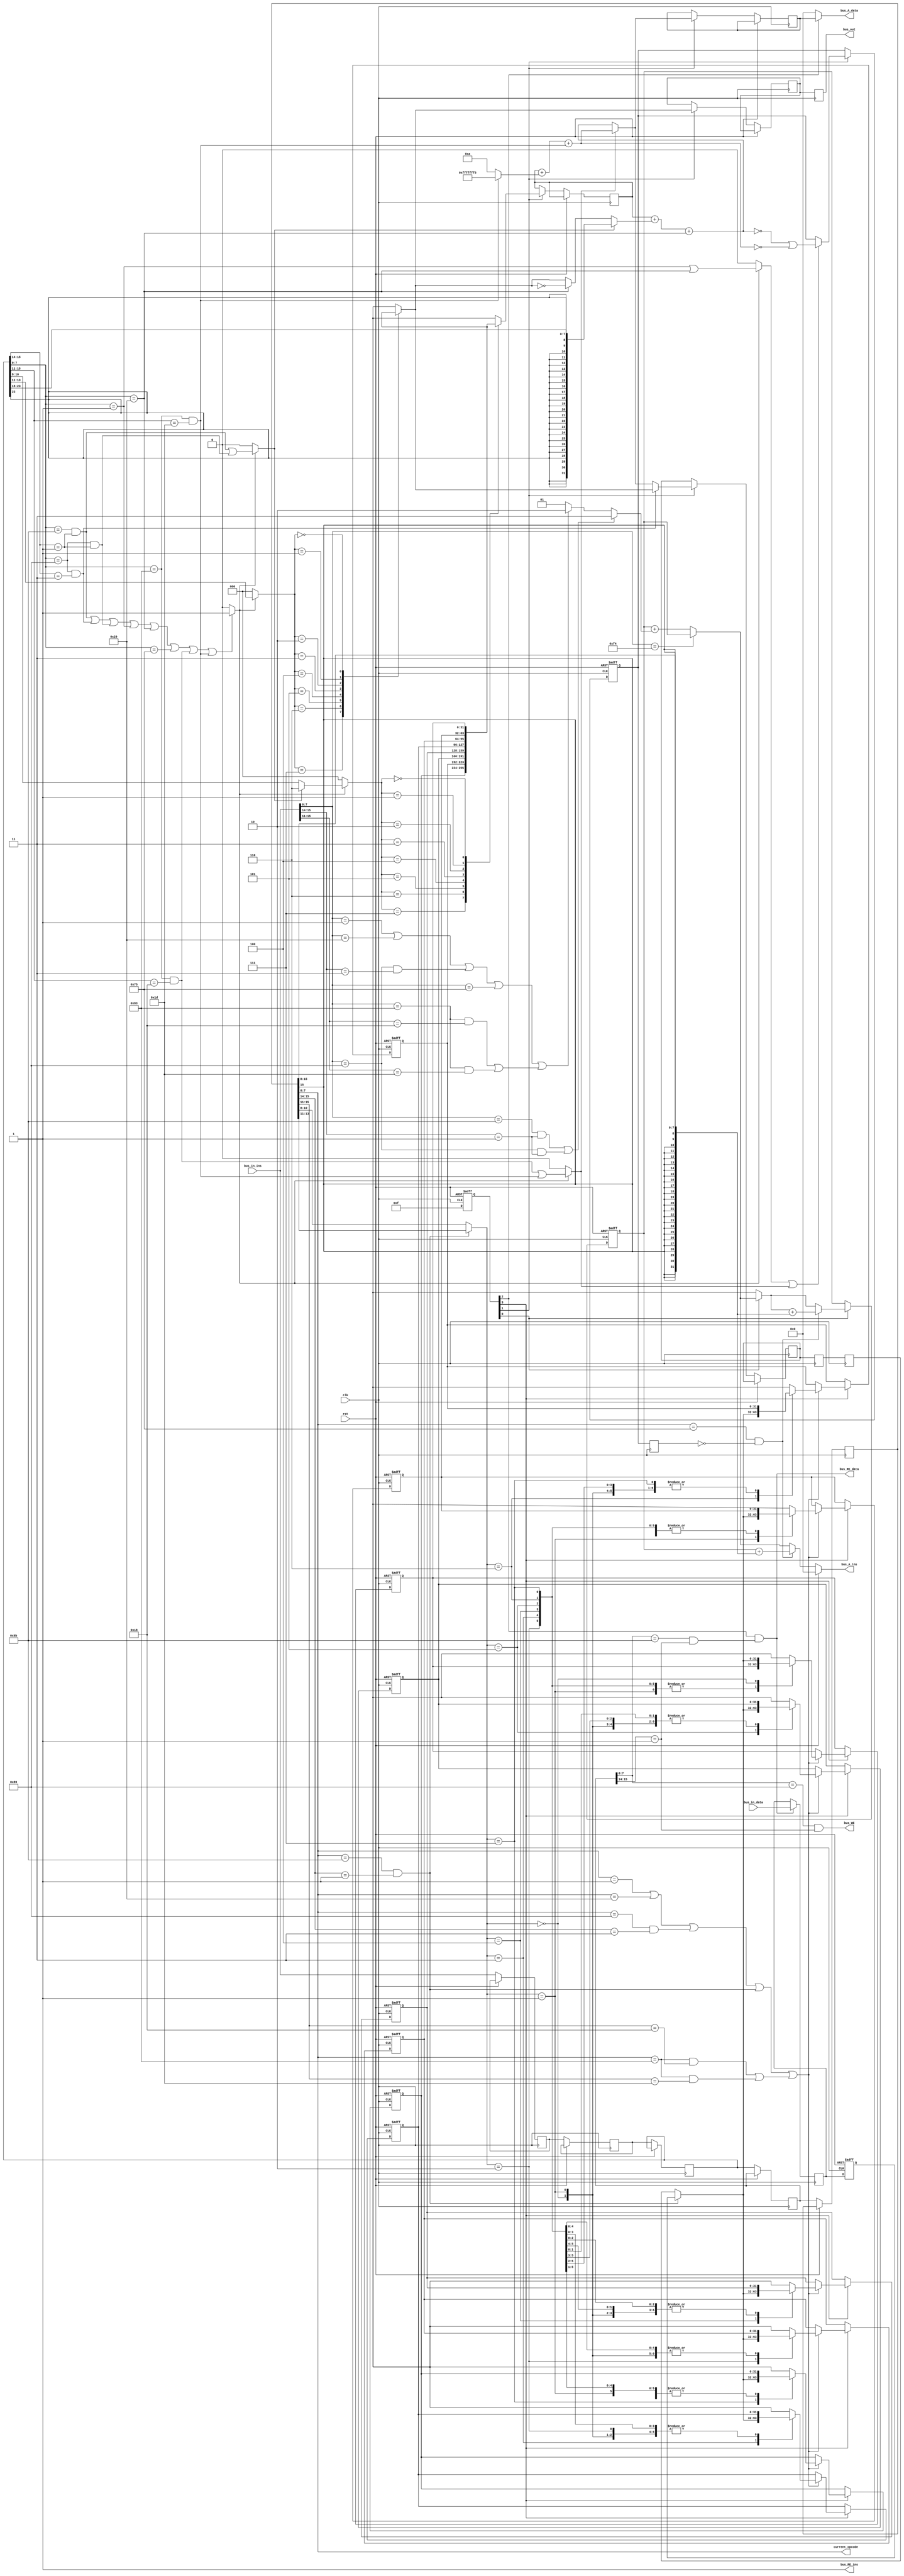
/* Generated by Yosys 0.29 (git sha1 9c5a60eb201, clang 14.0.0-1ubuntu1 -fPIC -Os) */

module cisc_cpu_p(clk, rst, bus_A_ins, bus_in_ins, bus_A_data, bus_in_data, bus_out, bus_WE, bus_RE_data, bus_RE_ins, current_opcode);
  wire [31:0] _000_;
  wire [31:0] _001_;
  wire [31:0] _002_;
  wire [31:0] _003_;
  wire [31:0] _004_;
  wire [31:0] _005_;
  wire [31:0] _006_;
  wire [31:0] _007_;
  wire [31:0] _008_;
  wire [31:0] _009_;
  wire [31:0] _010_;
  wire [31:0] _011_;
  wire [31:0] _012_;
  wire [31:0] _013_;
  wire [31:0] _014_;
  wire [31:0] _015_;
  wire [31:0] _016_;
  wire [31:0] _017_;
  wire [31:0] _018_;
  wire _019_;
  wire [31:0] _020_;
  wire [31:0] _021_;
  wire [31:0] _022_;
  wire [31:0] _023_;
  wire [31:0] _024_;
  wire [31:0] _025_;
  wire [31:0] _026_;
  wire [31:0] _027_;
  wire [31:0] _028_;
  wire _029_;
  wire [31:0] _030_;
  wire [31:0] _031_;
  wire [31:0] _032_;
  wire [31:0] _033_;
  wire [31:0] _034_;
  wire [31:0] _035_;
  wire [31:0] _036_;
  wire [31:0] _037_;
  wire [31:0] _038_;
  wire [31:0] _039_;
  wire [31:0] _040_;
  wire [31:0] _041_;
  wire [31:0] _042_;
  wire [31:0] _043_;
  wire [31:0] _044_;
  wire [31:0] _045_;
  wire [31:0] _046_;
  wire [31:0] _047_;
  wire [31:0] _048_;
  wire _049_;
  wire _050_;
  wire _051_;
  wire _052_;
  wire _053_;
  wire _054_;
  wire _055_;
  wire _056_;
  wire _057_;
  wire _058_;
  wire _059_;
  wire _060_;
  wire _061_;
  wire _062_;
  wire _063_;
  wire _064_;
  wire _065_;
  wire _066_;
  wire _067_;
  wire _068_;
  wire _069_;
  wire _070_;
  wire _071_;
  wire _072_;
  wire _073_;
  wire _074_;
  wire _075_;
  wire _076_;
  wire _077_;
  wire _078_;
  wire _079_;
  wire _080_;
  wire _081_;
  wire _082_;
  wire _083_;
  wire _084_;
  wire _085_;
  wire _086_;
  wire _087_;
  wire _088_;
  wire _089_;
  wire _090_;
  wire _091_;
  wire _092_;
  wire _093_;
  wire _094_;
  wire [31:0] _095_;
  wire [31:0] _096_;
  wire [31:0] _097_;
  wire _098_;
  wire _099_;
  wire _100_;
  wire _101_;
  wire _102_;
  wire [31:0] _103_;
  wire _104_;
  wire _105_;
  wire _106_;
  wire _107_;
  wire _108_;
  wire _109_;
  wire _110_;
  wire _111_;
  wire _112_;
  wire _113_;
  wire _114_;
  wire _115_;
  wire _116_;
  wire _117_;
  wire _118_;
  wire _119_;
  wire [31:0] _120_;
  wire _121_;
  wire _122_;
  wire _123_;
  wire _124_;
  wire _125_;
  wire _126_;
  wire _127_;
  wire _128_;
  wire [31:0] _129_;
  wire [31:0] _130_;
  wire _131_;
  wire _132_;
  wire _133_;
  wire _134_;
  wire _135_;
  wire _136_;
  wire _137_;
  wire _138_;
  wire [31:0] _139_;
  wire [31:0] _140_;
  wire _141_;
  wire _142_;
  wire _143_;
  wire _144_;
  wire _145_;
  wire _146_;
  wire _147_;
  wire _148_;
  wire [31:0] _149_;
  wire [31:0] _150_;
  wire _151_;
  wire _152_;
  wire _153_;
  wire _154_;
  wire _155_;
  wire _156_;
  wire _157_;
  wire _158_;
  wire [31:0] _159_;
  wire [31:0] _160_;
  wire _161_;
  wire _162_;
  wire _163_;
  wire _164_;
  wire _165_;
  wire _166_;
  wire _167_;
  wire _168_;
  wire [31:0] _169_;
  wire [31:0] _170_;
  wire _171_;
  wire _172_;
  wire _173_;
  wire _174_;
  wire _175_;
  wire _176_;
  wire _177_;
  wire _178_;
  wire [31:0] _179_;
  wire [31:0] _180_;
  wire _181_;
  wire _182_;
  wire _183_;
  wire _184_;
  wire _185_;
  wire _186_;
  wire _187_;
  wire _188_;
  wire [31:0] _189_;
  wire [31:0] _190_;
  wire _191_;
  wire _192_;
  wire _193_;
  wire _194_;
  wire _195_;
  wire _196_;
  wire _197_;
  wire _198_;
  wire [31:0] _199_;
  wire [31:0] _200_;
  wire [31:0] _201_;
  wire [31:0] _202_;
  wire [31:0] _203_;
  wire [31:0] _204_;
  wire [31:0] _205_;
  wire [31:0] _206_;
  wire [31:0] _207_;
  wire _208_;
  wire [31:0] _209_;
  wire [31:0] _210_;
  wire [31:0] _211_;
  wire [31:0] _212_;
  wire [31:0] _213_;
  wire [31:0] _214_;
  wire [31:0] _215_;
  wire [31:0] _216_;
  wire [31:0] _217_;
  wire [31:0] _218_;
  wire [31:0] _219_;
  wire [31:0] _220_;
  wire [31:0] _221_;
  wire [31:0] _222_;
  wire [31:0] _223_;
  wire [31:0] _224_;
  wire [31:0] _225_;
  wire [31:0] _226_;
  wire [31:0] _227_;
  wire [31:0] _228_;
  wire [4:0] _229_;
  wire [31:0] ALU_K2_EXE;
  wire [31:0] ALU_K_EXE;
  wire [31:0] ALU_op2_EXE;
  wire [31:0] ALUout_EXE;
  reg [31:0] A_EXE;
  wire [4:0] Aad_EXE;
  wire [31:0] Aop;
  wire [4:0] Bad_DEC;
  wire [4:0] Bad_EXE;
  wire [4:0] Bad_IF;
  wire [4:0] Bad_MEM;
  wire [4:0] Bad_WB;
  wire [4:0] Bad_bus;
  wire [31:0] Bop;
  reg [31:0] C_EXE;
  reg [31:0] C_MEM;
  reg [31:0] C_WB;
  wire [31:0] IP;
  reg [31:0] IP_IF;
  reg [31:0] IR_DEC = 32'd0;
  reg [31:0] IR_EXE = 32'd0;
  reg [31:0] IR_IF = 32'd0;
  reg [31:0] IR_MEM = 32'd0;
  reg [31:0] IR_WB = 32'd0;
  wire [31:0] K;
  reg [31:0] MAR_EXE;
  reg [31:0] MDRr_MEM;
  reg [31:0] MDRr_WB;
  reg [31:0] MDRw_EXE;
  reg [31:0] MDRw_MEM;
  wire [4:0] RD_DEC;
  wire [4:0] RD_EXE;
  wire [4:0] RD_IF;
  wire [4:0] RD_MEM;
  wire [4:0] RD_WB;
  wire [4:0] RD_bus;
  wire RIadd_EXE;
  wire RIadd_WB;
  wire RIadd_bus;
  wire [4:0] RImod_DEC;
  wire [4:0] RImod_EXE;
  wire [4:0] RImod_IF;
  wire [4:0] RImod_MEM;
  wire [4:0] RImod_WB;
  wire [4:0] RImod_bus;
  wire RIsub_EXE;
  wire RIsub_WB;
  wire RIsub_bus;
  wire [4:0] RS_DEC;
  wire [4:0] RS_EXE;
  wire [4:0] RS_IF;
  wire [4:0] RS_MEM;
  wire [4:0] RS_WB;
  wire [4:0] RS_bus;
  reg [31:0] _R_0_ ;
  reg [31:0] _R_1_ ;
  reg [31:0] _R_2_ ;
  reg [31:0] _R_3_ ;
  reg [31:0] _R_4_ ;
  reg [31:0] _R_5_ ;
  reg [31:0] _R_6_ ;
  reg [31:0] _R_7_ ;
  wire ZF_DEC;
  reg ZF_EXE = 1'h0;
  wire ZF_IF;
  reg ZF_WB = 1'h0;
  wire add_EXE;
  wire add_WB;
  wire add_bus;
  wire aluop_EXE;
  wire aluop_WB;
  wire aluop_bus;
  wire aluop_k_EXE;
  wire aluop_k_WB;
  wire aluop_k_bus;
  wire btaken_WB;
  wire [31:0] bubble;
  output [31:0] bus_A_data;
  wire [31:0] bus_A_data;
  output [31:0] bus_A_ins;
  wire [31:0] bus_A_ins;
  output bus_RE_data;
  wire bus_RE_data;
  output bus_RE_ins;
  wire bus_RE_ins;
  output bus_WE;
  wire bus_WE;
  input [31:0] bus_in_data;
  wire [31:0] bus_in_data;
  input [31:0] bus_in_ins;
  wire [31:0] bus_in_ins;
  output [31:0] bus_out;
  wire [31:0] bus_out;
  input clk;
  wire clk;
  output [7:0] current_opcode;
  wire [7:0] current_opcode;
  wire [31:0] displacement_DEC;
  wire [31:0] displacement_EXE;
  wire [31:0] displacement_IF;
  wire [31:0] displacement_MEM;
  wire [31:0] displacement_WB;
  wire [31:0] displacement_bus;
  wire [31:0] distance_DEC;
  wire [31:0] distance_EXE;
  wire [31:0] distance_IF;
  wire [31:0] distance_MEM;
  wire [31:0] distance_WB;
  wire [31:0] distance_bus;
  reg [5:1] full;
  wire halt_bus;
  wire [2:0] i;
  wire jnez_EXE;
  wire jnez_WB;
  wire jnez_bus;
  wire [1:0] length_bus;
  wire load_EXE;
  wire load_MEM;
  wire load_WB;
  wire load_bus;
  wire memory_EXE;
  wire memory_bus;
  wire [1:0] mod_DEC;
  wire [1:0] mod_EXE;
  wire [1:0] mod_IF;
  wire [1:0] mod_MEM;
  wire [1:0] mod_WB;
  wire [1:0] mod_bus;
  wire move_EXE;
  wire move_WB;
  wire move_bus;
  wire [7:0] opcode_DEC;
  wire [7:0] opcode_EXE;
  wire [7:0] opcode_IF;
  wire [7:0] opcode_MEM;
  wire [7:0] opcode_WB;
  wire [7:0] opcode_bus;
  input rst;
  wire rst;
  wire store_EXE;
  wire store_MEM;
  wire store_bus;
  wire sub_EXE;
  wire sub_WB;
  wire sub_bus;
  wire [4:0] ue;
  wire valid;
  assign _039_ = IP_IF + { IR_WB[15], IR_WB[15], IR_WB[15], IR_WB[15], IR_WB[15], IR_WB[15], IR_WB[15], IR_WB[15], IR_WB[15], IR_WB[15], IR_WB[15], IR_WB[15], IR_WB[15], IR_WB[15], IR_WB[15], IR_WB[15], IR_WB[15], IR_WB[15], IR_WB[15], IR_WB[15], IR_WB[15], IR_WB[15], IR_WB[15], IR_WB[15], IR_WB[15:8] };
  assign _040_ = IP_IF + length_bus;
  assign _041_ = IP_IF + length_bus;
  assign _042_ = _020_ + { IR_WB[15], IR_WB[15], IR_WB[15], IR_WB[15], IR_WB[15], IR_WB[15], IR_WB[15], IR_WB[15], IR_WB[15], IR_WB[15], IR_WB[15], IR_WB[15], IR_WB[15], IR_WB[15], IR_WB[15], IR_WB[15], IR_WB[15], IR_WB[15], IR_WB[15], IR_WB[15], IR_WB[15], IR_WB[15], IR_WB[15], IR_WB[15], IR_WB[15:8] };
  assign _043_ = A_EXE + ALU_op2_EXE;
  assign ALUout_EXE = _043_ + sub_EXE;
  assign _044_ = A_EXE + ALU_K2_EXE;
  assign ALU_K_EXE = _044_ + RIsub_EXE;
  assign _045_ = rst ? A_EXE : _000_;
  assign _046_ = rst ? MAR_EXE : _008_;
  assign _047_ = rst ? MDRw_EXE : _010_;
  assign _048_ = rst ? C_EXE : _001_;
  assign halt_bus = bus_in_ins[7:0] == 8'hf4;
  assign _049_ = IR_EXE[15:14] == 2'h1;
  assign _050_ = IR_EXE[7:0] == 8'h8b;
  assign _051_ = IR_EXE[7:0] == 8'h89;
  assign _052_ = IR_EXE[15:14] == 2'h3;
  assign _053_ = IR_EXE[7:0] == 8'h89;
  assign _054_ = IR_EXE[15:14] == 2'h1;
  assign add_EXE = IR_EXE[7:0] == 8'h01;
  assign sub_EXE = IR_EXE[7:0] == 8'h29;
  assign jnez_EXE = IR_EXE[7:0] == 8'h75;
  assign _055_ = IR_EXE[7:0] == 8'h83;
  assign _056_ = IR_EXE[15:11] == 5'h18;
  assign _057_ = IR_EXE[7:0] == 8'h83;
  assign _058_ = IR_EXE[15:11] == 5'h1d;
  assign _059_ = IR_MEM[7:0] == 8'h8b;
  assign _060_ = IR_MEM[15:14] == 2'h1;
  assign _061_ = IR_MEM[7:0] == 8'h89;
  assign _062_ = IR_MEM[15:14] == 2'h1;
  assign _063_ = IR_WB[7:0] == 8'h8b;
  assign _064_ = IR_WB[15:14] == 2'h1;
  assign _065_ = IR_WB[7:0] == 8'h89;
  assign _066_ = IR_WB[15:14] == 2'h3;
  assign add_WB = IR_WB[7:0] == 8'h01;
  assign sub_WB = IR_WB[7:0] == 8'h29;
  assign jnez_WB = IR_WB[7:0] == 8'h75;
  assign _067_ = IR_WB[7:0] == 8'h83;
  assign _068_ = IR_WB[15:11] == 5'h18;
  assign _069_ = IR_WB[7:0] == 8'h83;
  assign _070_ = IR_WB[15:11] == 5'h1d;
  assign _071_ = ! ALUout_EXE;
  assign _072_ = ! ALU_K_EXE;
  assign _073_ = bus_in_ins[7:0] == 8'h8b;
  assign _074_ = bus_in_ins[15:14] == 2'h1;
  assign _075_ = bus_in_ins[7:0] == 8'h89;
  assign _076_ = bus_in_ins[15:14] == 2'h3;
  assign _077_ = bus_in_ins[7:0] == 8'h89;
  assign _078_ = bus_in_ins[15:14] == 2'h1;
  assign add_bus = bus_in_ins[7:0] == 8'h01;
  assign sub_bus = bus_in_ins[7:0] == 8'h29;
  assign jnez_bus = bus_in_ins[7:0] == 8'h75;
  assign _079_ = bus_in_ins[7:0] == 8'h83;
  assign _080_ = bus_in_ins[15:11] == 5'h18;
  assign _081_ = bus_in_ins[7:0] == 8'h83;
  assign _082_ = bus_in_ins[15:11] == 5'h1d;
  assign load_EXE = _050_ && _049_;
  assign move_EXE = _051_ && _052_;
  assign store_EXE = _053_ && _054_;
  assign RIadd_EXE = _055_ && _056_;
  assign RIsub_EXE = _057_ && _058_;
  assign load_MEM = _059_ && _060_;
  assign bus_WE = _061_ && _062_;
  assign load_WB = _063_ && _064_;
  assign move_WB = _065_ && _066_;
  assign RIadd_WB = _067_ && _068_;
  assign RIsub_WB = _069_ && _070_;
  assign btaken_WB = jnez_WB && _084_;
  assign _083_ = full[3] && load_MEM;
  assign bus_RE_data = full[3] && load_MEM;
  assign load_bus = _073_ && _074_;
  assign move_bus = _075_ && _076_;
  assign store_bus = _077_ && _078_;
  assign RIadd_bus = _079_ && _080_;
  assign RIsub_bus = _081_ && _082_;
  assign _084_ = ! ZF_WB;
  assign memory_bus = load_bus || store_bus;
  assign aluop_bus = add_bus || sub_bus;
  assign aluop_k_bus = RIadd_bus || RIsub_bus;
  assign _085_ = aluop_bus || move_bus;
  assign _086_ = _085_ || jnez_bus;
  assign _087_ = _086_ || aluop_k_bus;
  assign _088_ = load_EXE || move_EXE;
  assign _089_ = _088_ || store_EXE;
  assign _090_ = _089_ || add_EXE;
  assign _091_ = _090_ || sub_EXE;
  assign _092_ = _091_ || jnez_EXE;
  assign _093_ = _092_ || RIadd_EXE;
  assign _094_ = _093_ || RIsub_EXE;
  assign _095_ = load_EXE || store_EXE;
  assign _096_ = add_EXE || sub_EXE;
  assign _097_ = RIadd_EXE || RIsub_EXE;
  assign aluop_WB = add_WB || sub_WB;
  assign aluop_k_WB = RIadd_WB || RIsub_WB;
  assign _098_ = aluop_EXE || aluop_k_EXE;
  assign _099_ = _071_ || _072_;
  assign _100_ = aluop_WB || move_WB;
  assign _101_ = _100_ || load_WB;
  assign _102_ = _101_ || aluop_k_WB;
  assign _103_ = ~ Bop;
  always @(posedge clk, posedge rst)
    if (rst) MDRr_WB <= 32'd0;
    else MDRr_WB <= MDRr_MEM;
  always @(posedge clk, posedge rst)
    if (rst) _R_0_  <= 32'd0;
    else _R_0_  <= _011_;
  always @(posedge clk, posedge rst)
    if (rst) _R_1_  <= 32'd0;
    else _R_1_  <= _012_;
  always @(posedge clk, posedge rst)
    if (rst) _R_2_  <= 32'd0;
    else _R_2_  <= _013_;
  always @(posedge clk, posedge rst)
    if (rst) _R_3_  <= 32'd0;
    else _R_3_  <= _014_;
  always @(posedge clk, posedge rst)
    if (rst) _R_4_  <= 32'd0;
    else _R_4_  <= _015_;
  always @(posedge clk, posedge rst)
    if (rst) _R_5_  <= 32'd0;
    else _R_5_  <= _016_;
  always @(posedge clk, posedge rst)
    if (rst) _R_6_  <= 32'd0;
    else _R_6_  <= _017_;
  always @(posedge clk, posedge rst)
    if (rst) _R_7_  <= 32'd0;
    else _R_7_  <= _018_;
  always @(posedge clk)
    ZF_WB <= ZF_EXE;
  always @(posedge clk)
    MDRw_MEM <= MDRw_EXE;
  always @(posedge clk)
    C_MEM <= C_EXE;
  always @(posedge clk)
    C_WB <= C_MEM;
  always @(posedge clk)
    MDRr_MEM <= _009_;
  always @(posedge clk)
    A_EXE <= _045_;
  always @(posedge clk, posedge rst)
    if (rst) ZF_EXE <= 1'h0;
    else ZF_EXE <= _019_;
  always @(posedge clk)
    MAR_EXE <= _046_;
  always @(posedge clk)
    MDRw_EXE <= _047_;
  always @(posedge clk)
    C_EXE <= _048_;
  always @(posedge clk, posedge rst)
    if (rst) IP_IF <= 32'd0;
    else IP_IF <= _002_;
  always @(posedge clk)
    IR_IF <= _005_;
  always @(posedge clk)
    IR_DEC <= _003_;
  always @(posedge clk)
    IR_EXE <= _004_;
  always @(posedge clk)
    IR_MEM <= _006_;
  always @(posedge clk)
    IR_WB <= _007_;
  always @(posedge clk, posedge rst)
    if (rst) full <= 5'h10;
    else full <= 5'h1f;
  function [31:0] _356_;
    input [31:0] a;
    input [255:0] b;
    input [7:0] s;
    casez (s) // synopsys parallel_case
      8'b???????1:
        _356_ = b[31:0];
      8'b??????1?:
        _356_ = b[63:32];
      8'b?????1??:
        _356_ = b[95:64];
      8'b????1???:
        _356_ = b[127:96];
      8'b???1????:
        _356_ = b[159:128];
      8'b??1?????:
        _356_ = b[191:160];
      8'b?1??????:
        _356_ = b[223:192];
      8'b1???????:
        _356_ = b[255:224];
      default:
        _356_ = a;
    endcase
  endfunction
  assign Bop = _356_(32'hxxxxxxxx, { _R_0_ , _R_1_ , _R_2_ , _R_3_ , _R_4_ , _R_5_ , _R_6_ , _R_7_  }, { _111_, _110_, _109_, _108_, _107_, _106_, _105_, _104_ });
  assign _104_ = Bad_EXE[2:0] == 3'h7;
  assign _105_ = Bad_EXE[2:0] == 3'h6;
  assign _106_ = Bad_EXE[2:0] == 3'h5;
  assign _107_ = Bad_EXE[2:0] == 3'h4;
  assign _108_ = Bad_EXE[2:0] == 3'h3;
  assign _109_ = Bad_EXE[2:0] == 3'h2;
  assign _110_ = Bad_EXE[2:0] == 3'h1;
  assign _111_ = ! Bad_EXE[2:0];
  function [31:0] _365_;
    input [31:0] a;
    input [255:0] b;
    input [7:0] s;
    casez (s) // synopsys parallel_case
      8'b???????1:
        _365_ = b[31:0];
      8'b??????1?:
        _365_ = b[63:32];
      8'b?????1??:
        _365_ = b[95:64];
      8'b????1???:
        _365_ = b[127:96];
      8'b???1????:
        _365_ = b[159:128];
      8'b??1?????:
        _365_ = b[191:160];
      8'b?1??????:
        _365_ = b[223:192];
      8'b1???????:
        _365_ = b[255:224];
      default:
        _365_ = a;
    endcase
  endfunction
  assign Aop = _365_(32'hxxxxxxxx, { _R_0_ , _R_1_ , _R_2_ , _R_3_ , _R_4_ , _R_5_ , _R_6_ , _R_7_  }, { _119_, _118_, _117_, _116_, _115_, _114_, _113_, _112_ });
  assign _112_ = Aad_EXE[2:0] == 3'h7;
  assign _113_ = Aad_EXE[2:0] == 3'h6;
  assign _114_ = Aad_EXE[2:0] == 3'h5;
  assign _115_ = Aad_EXE[2:0] == 3'h4;
  assign _116_ = Aad_EXE[2:0] == 3'h3;
  assign _117_ = Aad_EXE[2:0] == 3'h2;
  assign _118_ = Aad_EXE[2:0] == 3'h1;
  assign _119_ = ! Aad_EXE[2:0];
  function [31:0] _374_;
    input [31:0] a;
    input [255:0] b;
    input [7:0] s;
    casez (s) // synopsys parallel_case
      8'b???????1:
        _374_ = b[31:0];
      8'b??????1?:
        _374_ = b[63:32];
      8'b?????1??:
        _374_ = b[95:64];
      8'b????1???:
        _374_ = b[127:96];
      8'b???1????:
        _374_ = b[159:128];
      8'b??1?????:
        _374_ = b[191:160];
      8'b?1??????:
        _374_ = b[223:192];
      8'b1???????:
        _374_ = b[255:224];
      default:
        _374_ = a;
    endcase
  endfunction
  assign _120_ = _374_(32'hxxxxxxxx, { _228_, _R_0_ , _R_0_ , _R_0_ , _R_0_ , _R_0_ , _R_0_ , _R_0_  }, { _128_, _127_, _126_, _125_, _124_, _123_, _122_, _121_ });
  assign _121_ = _229_[2:0] == 3'h7;
  assign _122_ = _229_[2:0] == 3'h6;
  assign _123_ = _229_[2:0] == 3'h5;
  assign _124_ = _229_[2:0] == 3'h4;
  assign _125_ = _229_[2:0] == 3'h3;
  assign _126_ = _229_[2:0] == 3'h2;
  assign _127_ = _229_[2:0] == 3'h1;
  assign _128_ = ! _229_[2:0];
  assign _129_ = _102_ ? _120_ : 32'hxxxxxxxx;
  assign _031_ = full[4] ? _129_ : 32'hxxxxxxxx;
  function [31:0] _385_;
    input [31:0] a;
    input [255:0] b;
    input [7:0] s;
    casez (s) // synopsys parallel_case
      8'b???????1:
        _385_ = b[31:0];
      8'b??????1?:
        _385_ = b[63:32];
      8'b?????1??:
        _385_ = b[95:64];
      8'b????1???:
        _385_ = b[127:96];
      8'b???1????:
        _385_ = b[159:128];
      8'b??1?????:
        _385_ = b[191:160];
      8'b?1??????:
        _385_ = b[223:192];
      8'b1???????:
        _385_ = b[255:224];
      default:
        _385_ = a;
    endcase
  endfunction
  assign _130_ = _385_(32'hxxxxxxxx, { _R_7_ , _R_7_ , _R_7_ , _R_7_ , _R_7_ , _R_7_ , _R_7_ , _228_ }, { _138_, _137_, _136_, _135_, _134_, _133_, _132_, _131_ });
  assign _131_ = _229_[2:0] == 3'h7;
  assign _132_ = _229_[2:0] == 3'h6;
  assign _133_ = _229_[2:0] == 3'h5;
  assign _134_ = _229_[2:0] == 3'h4;
  assign _135_ = _229_[2:0] == 3'h3;
  assign _136_ = _229_[2:0] == 3'h2;
  assign _137_ = _229_[2:0] == 3'h1;
  assign _138_ = ! _229_[2:0];
  assign _139_ = _102_ ? _130_ : 32'hxxxxxxxx;
  assign _038_ = full[4] ? _139_ : 32'hxxxxxxxx;
  function [31:0] _396_;
    input [31:0] a;
    input [255:0] b;
    input [7:0] s;
    casez (s) // synopsys parallel_case
      8'b???????1:
        _396_ = b[31:0];
      8'b??????1?:
        _396_ = b[63:32];
      8'b?????1??:
        _396_ = b[95:64];
      8'b????1???:
        _396_ = b[127:96];
      8'b???1????:
        _396_ = b[159:128];
      8'b??1?????:
        _396_ = b[191:160];
      8'b?1??????:
        _396_ = b[223:192];
      8'b1???????:
        _396_ = b[255:224];
      default:
        _396_ = a;
    endcase
  endfunction
  assign _140_ = _396_(32'hxxxxxxxx, { _R_6_ , _R_6_ , _R_6_ , _R_6_ , _R_6_ , _R_6_ , _228_, _R_6_  }, { _148_, _147_, _146_, _145_, _144_, _143_, _142_, _141_ });
  assign _141_ = _229_[2:0] == 3'h7;
  assign _142_ = _229_[2:0] == 3'h6;
  assign _143_ = _229_[2:0] == 3'h5;
  assign _144_ = _229_[2:0] == 3'h4;
  assign _145_ = _229_[2:0] == 3'h3;
  assign _146_ = _229_[2:0] == 3'h2;
  assign _147_ = _229_[2:0] == 3'h1;
  assign _148_ = ! _229_[2:0];
  assign _149_ = _102_ ? _140_ : 32'hxxxxxxxx;
  assign _037_ = full[4] ? _149_ : 32'hxxxxxxxx;
  function [31:0] _407_;
    input [31:0] a;
    input [255:0] b;
    input [7:0] s;
    casez (s) // synopsys parallel_case
      8'b???????1:
        _407_ = b[31:0];
      8'b??????1?:
        _407_ = b[63:32];
      8'b?????1??:
        _407_ = b[95:64];
      8'b????1???:
        _407_ = b[127:96];
      8'b???1????:
        _407_ = b[159:128];
      8'b??1?????:
        _407_ = b[191:160];
      8'b?1??????:
        _407_ = b[223:192];
      8'b1???????:
        _407_ = b[255:224];
      default:
        _407_ = a;
    endcase
  endfunction
  assign _150_ = _407_(32'hxxxxxxxx, { _R_5_ , _R_5_ , _R_5_ , _R_5_ , _R_5_ , _228_, _R_5_ , _R_5_  }, { _158_, _157_, _156_, _155_, _154_, _153_, _152_, _151_ });
  assign _151_ = _229_[2:0] == 3'h7;
  assign _152_ = _229_[2:0] == 3'h6;
  assign _153_ = _229_[2:0] == 3'h5;
  assign _154_ = _229_[2:0] == 3'h4;
  assign _155_ = _229_[2:0] == 3'h3;
  assign _156_ = _229_[2:0] == 3'h2;
  assign _157_ = _229_[2:0] == 3'h1;
  assign _158_ = ! _229_[2:0];
  assign _159_ = _102_ ? _150_ : 32'hxxxxxxxx;
  assign _036_ = full[4] ? _159_ : 32'hxxxxxxxx;
  function [31:0] _418_;
    input [31:0] a;
    input [255:0] b;
    input [7:0] s;
    casez (s) // synopsys parallel_case
      8'b???????1:
        _418_ = b[31:0];
      8'b??????1?:
        _418_ = b[63:32];
      8'b?????1??:
        _418_ = b[95:64];
      8'b????1???:
        _418_ = b[127:96];
      8'b???1????:
        _418_ = b[159:128];
      8'b??1?????:
        _418_ = b[191:160];
      8'b?1??????:
        _418_ = b[223:192];
      8'b1???????:
        _418_ = b[255:224];
      default:
        _418_ = a;
    endcase
  endfunction
  assign _160_ = _418_(32'hxxxxxxxx, { _R_4_ , _R_4_ , _R_4_ , _R_4_ , _228_, _R_4_ , _R_4_ , _R_4_  }, { _168_, _167_, _166_, _165_, _164_, _163_, _162_, _161_ });
  assign _161_ = _229_[2:0] == 3'h7;
  assign _162_ = _229_[2:0] == 3'h6;
  assign _163_ = _229_[2:0] == 3'h5;
  assign _164_ = _229_[2:0] == 3'h4;
  assign _165_ = _229_[2:0] == 3'h3;
  assign _166_ = _229_[2:0] == 3'h2;
  assign _167_ = _229_[2:0] == 3'h1;
  assign _168_ = ! _229_[2:0];
  assign _169_ = _102_ ? _160_ : 32'hxxxxxxxx;
  assign _035_ = full[4] ? _169_ : 32'hxxxxxxxx;
  function [31:0] _429_;
    input [31:0] a;
    input [255:0] b;
    input [7:0] s;
    casez (s) // synopsys parallel_case
      8'b???????1:
        _429_ = b[31:0];
      8'b??????1?:
        _429_ = b[63:32];
      8'b?????1??:
        _429_ = b[95:64];
      8'b????1???:
        _429_ = b[127:96];
      8'b???1????:
        _429_ = b[159:128];
      8'b??1?????:
        _429_ = b[191:160];
      8'b?1??????:
        _429_ = b[223:192];
      8'b1???????:
        _429_ = b[255:224];
      default:
        _429_ = a;
    endcase
  endfunction
  assign _170_ = _429_(32'hxxxxxxxx, { _R_3_ , _R_3_ , _R_3_ , _228_, _R_3_ , _R_3_ , _R_3_ , _R_3_  }, { _178_, _177_, _176_, _175_, _174_, _173_, _172_, _171_ });
  assign _171_ = _229_[2:0] == 3'h7;
  assign _172_ = _229_[2:0] == 3'h6;
  assign _173_ = _229_[2:0] == 3'h5;
  assign _174_ = _229_[2:0] == 3'h4;
  assign _175_ = _229_[2:0] == 3'h3;
  assign _176_ = _229_[2:0] == 3'h2;
  assign _177_ = _229_[2:0] == 3'h1;
  assign _178_ = ! _229_[2:0];
  assign _179_ = _102_ ? _170_ : 32'hxxxxxxxx;
  assign _034_ = full[4] ? _179_ : 32'hxxxxxxxx;
  function [31:0] _440_;
    input [31:0] a;
    input [255:0] b;
    input [7:0] s;
    casez (s) // synopsys parallel_case
      8'b???????1:
        _440_ = b[31:0];
      8'b??????1?:
        _440_ = b[63:32];
      8'b?????1??:
        _440_ = b[95:64];
      8'b????1???:
        _440_ = b[127:96];
      8'b???1????:
        _440_ = b[159:128];
      8'b??1?????:
        _440_ = b[191:160];
      8'b?1??????:
        _440_ = b[223:192];
      8'b1???????:
        _440_ = b[255:224];
      default:
        _440_ = a;
    endcase
  endfunction
  assign _180_ = _440_(32'hxxxxxxxx, { _R_2_ , _R_2_ , _228_, _R_2_ , _R_2_ , _R_2_ , _R_2_ , _R_2_  }, { _188_, _187_, _186_, _185_, _184_, _183_, _182_, _181_ });
  assign _181_ = _229_[2:0] == 3'h7;
  assign _182_ = _229_[2:0] == 3'h6;
  assign _183_ = _229_[2:0] == 3'h5;
  assign _184_ = _229_[2:0] == 3'h4;
  assign _185_ = _229_[2:0] == 3'h3;
  assign _186_ = _229_[2:0] == 3'h2;
  assign _187_ = _229_[2:0] == 3'h1;
  assign _188_ = ! _229_[2:0];
  assign _189_ = _102_ ? _180_ : 32'hxxxxxxxx;
  assign _033_ = full[4] ? _189_ : 32'hxxxxxxxx;
  function [31:0] _451_;
    input [31:0] a;
    input [255:0] b;
    input [7:0] s;
    casez (s) // synopsys parallel_case
      8'b???????1:
        _451_ = b[31:0];
      8'b??????1?:
        _451_ = b[63:32];
      8'b?????1??:
        _451_ = b[95:64];
      8'b????1???:
        _451_ = b[127:96];
      8'b???1????:
        _451_ = b[159:128];
      8'b??1?????:
        _451_ = b[191:160];
      8'b?1??????:
        _451_ = b[223:192];
      8'b1???????:
        _451_ = b[255:224];
      default:
        _451_ = a;
    endcase
  endfunction
  assign _190_ = _451_(32'hxxxxxxxx, { _R_1_ , _228_, _R_1_ , _R_1_ , _R_1_ , _R_1_ , _R_1_ , _R_1_  }, { _198_, _197_, _196_, _195_, _194_, _193_, _192_, _191_ });
  assign _191_ = _229_[2:0] == 3'h7;
  assign _192_ = _229_[2:0] == 3'h6;
  assign _193_ = _229_[2:0] == 3'h5;
  assign _194_ = _229_[2:0] == 3'h4;
  assign _195_ = _229_[2:0] == 3'h3;
  assign _196_ = _229_[2:0] == 3'h2;
  assign _197_ = _229_[2:0] == 3'h1;
  assign _198_ = ! _229_[2:0];
  assign _199_ = _102_ ? _190_ : 32'hxxxxxxxx;
  assign _032_ = full[4] ? _199_ : 32'hxxxxxxxx;
  assign _200_ = _102_ ? _038_ : _R_7_ ;
  assign _028_ = full[4] ? _200_ : 32'hxxxxxxxx;
  assign _201_ = _102_ ? _037_ : _R_6_ ;
  assign _027_ = full[4] ? _201_ : 32'hxxxxxxxx;
  assign _202_ = _102_ ? _036_ : _R_5_ ;
  assign _026_ = full[4] ? _202_ : 32'hxxxxxxxx;
  assign _203_ = _102_ ? _035_ : _R_4_ ;
  assign _025_ = full[4] ? _203_ : 32'hxxxxxxxx;
  assign _204_ = _102_ ? _034_ : _R_3_ ;
  assign _024_ = full[4] ? _204_ : 32'hxxxxxxxx;
  assign _205_ = _102_ ? _033_ : _R_2_ ;
  assign _023_ = full[4] ? _205_ : 32'hxxxxxxxx;
  assign _206_ = _102_ ? _032_ : _R_1_ ;
  assign _022_ = full[4] ? _206_ : 32'hxxxxxxxx;
  assign _207_ = _102_ ? _031_ : _R_0_ ;
  assign _021_ = full[4] ? _207_ : 32'hxxxxxxxx;
  assign _018_ = full[4] ? _028_ : _R_7_ ;
  assign _017_ = full[4] ? _027_ : _R_6_ ;
  assign _016_ = full[4] ? _026_ : _R_5_ ;
  assign _015_ = full[4] ? _025_ : _R_4_ ;
  assign _014_ = full[4] ? _024_ : _R_3_ ;
  assign _013_ = full[4] ? _023_ : _R_2_ ;
  assign _012_ = full[4] ? _022_ : _R_1_ ;
  assign _011_ = full[4] ? _021_ : _R_0_ ;
  assign _009_ = _083_ ? bus_in_data : MDRr_MEM;
  assign _208_ = _098_ ? _099_ : ZF_EXE;
  assign _029_ = full[2] ? _208_ : 1'hx;
  assign _019_ = full[2] ? _029_ : ZF_EXE;
  assign _010_ = full[2] ? Bop : MDRw_EXE;
  assign _001_ = full[2] ? _227_ : C_EXE;
  assign _008_ = full[2] ? _225_ : MAR_EXE;
  assign _000_ = full[2] ? Aop : A_EXE;
  assign _209_ = btaken_WB ? _042_ : _020_;
  assign _030_ = full[1] ? _209_ : 32'hxxxxxxxx;
  assign _210_ = halt_bus ? IP_IF : _041_;
  assign _020_ = full[1] ? _210_ : 32'hxxxxxxxx;
  assign _002_ = full[1] ? _030_ : IP_IF;
  assign _005_ = rst ? IR_IF : bus_in_ins;
  assign _003_ = rst ? IR_DEC : IR_IF;
  assign _004_ = rst ? IR_EXE : IR_DEC;
  assign _006_ = rst ? IR_MEM : IR_EXE;
  assign _007_ = rst ? IR_WB : IR_MEM;
  assign { _211_[31:2], length_bus } = memory_bus ? 32'd3 : _212_;
  assign _212_ = _087_ ? 32'd2 : 32'd1;
  assign { _213_[31:1], valid } = _094_ ? 32'd1 : 32'd0;
  assign { _214_[31:1], memory_EXE } = valid ? _095_ : 32'd0;
  assign { _215_[31:1], aluop_EXE } = valid ? _096_ : 32'd0;
  assign { _216_[31:1], aluop_k_EXE } = valid ? _097_ : 32'd0;
  assign { _217_[31:5], RD_EXE } = valid ? { 29'h00000000, IR_EXE[10:8] } : 32'd0;
  assign { _218_[31:5], RS_EXE } = valid ? { 29'h00000000, IR_EXE[13:11] } : 32'd0;
  assign _219_ = memory_EXE ? 32'd6 : { 27'h0000000, RD_EXE };
  assign { _220_[31:5], Aad_EXE } = valid ? _219_ : 32'd0;
  assign { _221_[31:5], Bad_EXE } = valid ? { 27'h0000000, RS_EXE } : 32'd0;
  assign _222_ = halt_bus ? IP_IF : _040_;
  assign _223_ = btaken_WB ? _039_ : _222_;
  assign bus_A_ins = rst ? 32'd0 : _223_;
  assign _224_ = sub_EXE ? _103_ : Bop;
  assign ALU_op2_EXE = memory_EXE ? { IR_EXE[23], IR_EXE[23], IR_EXE[23], IR_EXE[23], IR_EXE[23], IR_EXE[23], IR_EXE[23], IR_EXE[23], IR_EXE[23], IR_EXE[23], IR_EXE[23], IR_EXE[23], IR_EXE[23], IR_EXE[23], IR_EXE[23], IR_EXE[23], IR_EXE[23], IR_EXE[23], IR_EXE[23], IR_EXE[23], IR_EXE[23], IR_EXE[23], IR_EXE[23], IR_EXE[23], IR_EXE[23:16] } : _224_;
  assign ALU_K2_EXE = RIsub_EXE ? 32'd4294967285 : 32'd10;
  assign _225_ = aluop_k_EXE ? ALU_K_EXE : ALUout_EXE;
  assign _226_ = aluop_k_EXE ? ALU_K_EXE : ALUout_EXE;
  assign _227_ = move_EXE ? Bop : _226_;
  assign bus_A_data = full[3] ? MAR_EXE : 32'd0;
  assign _228_ = load_WB ? MDRr_WB : C_WB;
  assign _229_ = load_WB ? { 2'h0, IR_WB[13:11] } : { 2'h0, IR_WB[10:8] };
  assign _211_[1:0] = length_bus;
  assign _213_[0] = valid;
  assign _214_[0] = memory_EXE;
  assign _215_[0] = aluop_EXE;
  assign _216_[0] = aluop_k_EXE;
  assign _217_[4:0] = RD_EXE;
  assign _218_[4:0] = RS_EXE;
  assign _220_[4:0] = Aad_EXE;
  assign _221_[4:0] = Bad_EXE;
  assign Bad_DEC = { 2'h0, IR_DEC[13:11] };
  assign Bad_IF = { 2'h0, IR_IF[13:11] };
  assign Bad_MEM = { 2'h0, IR_MEM[13:11] };
  assign Bad_WB = { 2'h0, IR_WB[13:11] };
  assign Bad_bus = { 2'h0, bus_in_ins[13:11] };
  assign IP = bus_A_ins;
  assign K = 32'd10;
  assign RD_DEC = { 2'h0, IR_DEC[10:8] };
  assign RD_IF = { 2'h0, IR_IF[10:8] };
  assign RD_MEM = { 2'h0, IR_MEM[10:8] };
  assign RD_WB = { 2'h0, IR_WB[10:8] };
  assign RD_bus = { 2'h0, bus_in_ins[10:8] };
  assign RImod_DEC = IR_DEC[15:11];
  assign RImod_EXE = IR_EXE[15:11];
  assign RImod_IF = IR_IF[15:11];
  assign RImod_MEM = IR_MEM[15:11];
  assign RImod_WB = IR_WB[15:11];
  assign RImod_bus = bus_in_ins[15:11];
  assign RS_DEC = { 2'h0, IR_DEC[13:11] };
  assign RS_IF = { 2'h0, IR_IF[13:11] };
  assign RS_MEM = { 2'h0, IR_MEM[13:11] };
  assign RS_WB = { 2'h0, IR_WB[13:11] };
  assign RS_bus = { 2'h0, bus_in_ins[13:11] };
  assign ZF_DEC = 1'h0;
  assign ZF_IF = 1'h0;
  assign bubble = 32'd0;
  assign bus_RE_ins = 1'h1;
  assign bus_out = MDRw_MEM;
  assign current_opcode = IR_WB[7:0];
  assign displacement_DEC = { IR_DEC[23], IR_DEC[23], IR_DEC[23], IR_DEC[23], IR_DEC[23], IR_DEC[23], IR_DEC[23], IR_DEC[23], IR_DEC[23], IR_DEC[23], IR_DEC[23], IR_DEC[23], IR_DEC[23], IR_DEC[23], IR_DEC[23], IR_DEC[23], IR_DEC[23], IR_DEC[23], IR_DEC[23], IR_DEC[23], IR_DEC[23], IR_DEC[23], IR_DEC[23], IR_DEC[23], IR_DEC[23:16] };
  assign displacement_EXE = { IR_EXE[23], IR_EXE[23], IR_EXE[23], IR_EXE[23], IR_EXE[23], IR_EXE[23], IR_EXE[23], IR_EXE[23], IR_EXE[23], IR_EXE[23], IR_EXE[23], IR_EXE[23], IR_EXE[23], IR_EXE[23], IR_EXE[23], IR_EXE[23], IR_EXE[23], IR_EXE[23], IR_EXE[23], IR_EXE[23], IR_EXE[23], IR_EXE[23], IR_EXE[23], IR_EXE[23], IR_EXE[23:16] };
  assign displacement_IF = { IR_IF[23], IR_IF[23], IR_IF[23], IR_IF[23], IR_IF[23], IR_IF[23], IR_IF[23], IR_IF[23], IR_IF[23], IR_IF[23], IR_IF[23], IR_IF[23], IR_IF[23], IR_IF[23], IR_IF[23], IR_IF[23], IR_IF[23], IR_IF[23], IR_IF[23], IR_IF[23], IR_IF[23], IR_IF[23], IR_IF[23], IR_IF[23], IR_IF[23:16] };
  assign displacement_MEM = { IR_MEM[23], IR_MEM[23], IR_MEM[23], IR_MEM[23], IR_MEM[23], IR_MEM[23], IR_MEM[23], IR_MEM[23], IR_MEM[23], IR_MEM[23], IR_MEM[23], IR_MEM[23], IR_MEM[23], IR_MEM[23], IR_MEM[23], IR_MEM[23], IR_MEM[23], IR_MEM[23], IR_MEM[23], IR_MEM[23], IR_MEM[23], IR_MEM[23], IR_MEM[23], IR_MEM[23], IR_MEM[23:16] };
  assign displacement_WB = { IR_WB[23], IR_WB[23], IR_WB[23], IR_WB[23], IR_WB[23], IR_WB[23], IR_WB[23], IR_WB[23], IR_WB[23], IR_WB[23], IR_WB[23], IR_WB[23], IR_WB[23], IR_WB[23], IR_WB[23], IR_WB[23], IR_WB[23], IR_WB[23], IR_WB[23], IR_WB[23], IR_WB[23], IR_WB[23], IR_WB[23], IR_WB[23], IR_WB[23:16] };
  assign displacement_bus = { bus_in_ins[23], bus_in_ins[23], bus_in_ins[23], bus_in_ins[23], bus_in_ins[23], bus_in_ins[23], bus_in_ins[23], bus_in_ins[23], bus_in_ins[23], bus_in_ins[23], bus_in_ins[23], bus_in_ins[23], bus_in_ins[23], bus_in_ins[23], bus_in_ins[23], bus_in_ins[23], bus_in_ins[23], bus_in_ins[23], bus_in_ins[23], bus_in_ins[23], bus_in_ins[23], bus_in_ins[23], bus_in_ins[23], bus_in_ins[23], bus_in_ins[23:16] };
  assign distance_DEC = { IR_DEC[15], IR_DEC[15], IR_DEC[15], IR_DEC[15], IR_DEC[15], IR_DEC[15], IR_DEC[15], IR_DEC[15], IR_DEC[15], IR_DEC[15], IR_DEC[15], IR_DEC[15], IR_DEC[15], IR_DEC[15], IR_DEC[15], IR_DEC[15], IR_DEC[15], IR_DEC[15], IR_DEC[15], IR_DEC[15], IR_DEC[15], IR_DEC[15], IR_DEC[15], IR_DEC[15], IR_DEC[15:8] };
  assign distance_EXE = { IR_EXE[15], IR_EXE[15], IR_EXE[15], IR_EXE[15], IR_EXE[15], IR_EXE[15], IR_EXE[15], IR_EXE[15], IR_EXE[15], IR_EXE[15], IR_EXE[15], IR_EXE[15], IR_EXE[15], IR_EXE[15], IR_EXE[15], IR_EXE[15], IR_EXE[15], IR_EXE[15], IR_EXE[15], IR_EXE[15], IR_EXE[15], IR_EXE[15], IR_EXE[15], IR_EXE[15], IR_EXE[15:8] };
  assign distance_IF = { IR_IF[15], IR_IF[15], IR_IF[15], IR_IF[15], IR_IF[15], IR_IF[15], IR_IF[15], IR_IF[15], IR_IF[15], IR_IF[15], IR_IF[15], IR_IF[15], IR_IF[15], IR_IF[15], IR_IF[15], IR_IF[15], IR_IF[15], IR_IF[15], IR_IF[15], IR_IF[15], IR_IF[15], IR_IF[15], IR_IF[15], IR_IF[15], IR_IF[15:8] };
  assign distance_MEM = { IR_MEM[15], IR_MEM[15], IR_MEM[15], IR_MEM[15], IR_MEM[15], IR_MEM[15], IR_MEM[15], IR_MEM[15], IR_MEM[15], IR_MEM[15], IR_MEM[15], IR_MEM[15], IR_MEM[15], IR_MEM[15], IR_MEM[15], IR_MEM[15], IR_MEM[15], IR_MEM[15], IR_MEM[15], IR_MEM[15], IR_MEM[15], IR_MEM[15], IR_MEM[15], IR_MEM[15], IR_MEM[15:8] };
  assign distance_WB = { IR_WB[15], IR_WB[15], IR_WB[15], IR_WB[15], IR_WB[15], IR_WB[15], IR_WB[15], IR_WB[15], IR_WB[15], IR_WB[15], IR_WB[15], IR_WB[15], IR_WB[15], IR_WB[15], IR_WB[15], IR_WB[15], IR_WB[15], IR_WB[15], IR_WB[15], IR_WB[15], IR_WB[15], IR_WB[15], IR_WB[15], IR_WB[15], IR_WB[15:8] };
  assign distance_bus = { bus_in_ins[15], bus_in_ins[15], bus_in_ins[15], bus_in_ins[15], bus_in_ins[15], bus_in_ins[15], bus_in_ins[15], bus_in_ins[15], bus_in_ins[15], bus_in_ins[15], bus_in_ins[15], bus_in_ins[15], bus_in_ins[15], bus_in_ins[15], bus_in_ins[15], bus_in_ins[15], bus_in_ins[15], bus_in_ins[15], bus_in_ins[15], bus_in_ins[15], bus_in_ins[15], bus_in_ins[15], bus_in_ins[15], bus_in_ins[15], bus_in_ins[15:8] };
  assign i = 3'h0;
  assign mod_DEC = IR_DEC[15:14];
  assign mod_EXE = IR_EXE[15:14];
  assign mod_IF = IR_IF[15:14];
  assign mod_MEM = IR_MEM[15:14];
  assign mod_WB = IR_WB[15:14];
  assign mod_bus = bus_in_ins[15:14];
  assign opcode_DEC = IR_DEC[7:0];
  assign opcode_EXE = IR_EXE[7:0];
  assign opcode_IF = IR_IF[7:0];
  assign opcode_MEM = IR_MEM[7:0];
  assign opcode_WB = IR_WB[7:0];
  assign opcode_bus = bus_in_ins[7:0];
  assign store_MEM = bus_WE;
  assign ue = { full[4:1], full[5] };
endmodule